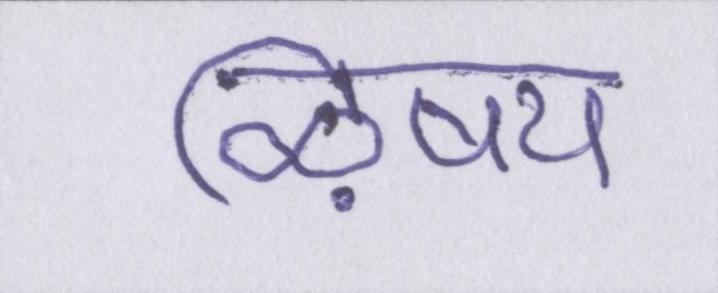
ऴिषय